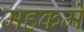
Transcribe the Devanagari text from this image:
महकमें